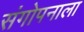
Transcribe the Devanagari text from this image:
संगोपनाला